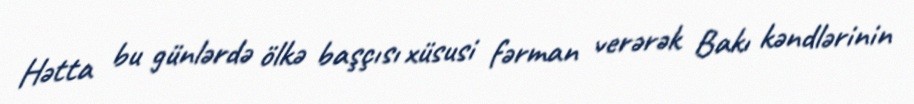
Hətta bu günlərdə ölkə başçısı xüsusi fərman verərək Bakı kəndlərinin